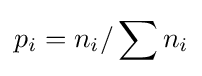
p_{i}=n_{i}/\sum {n_{i}}